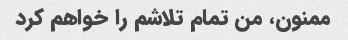
ممنون، من تمام تلاشم را خواهم کرد